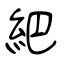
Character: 紦